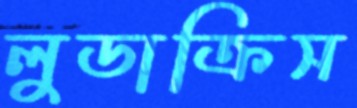
লুডাক্রিস